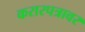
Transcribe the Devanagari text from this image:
करारपत्रावर